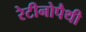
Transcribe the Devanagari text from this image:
रेटीनोपैथी